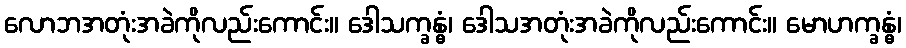
လောဘအတုံးအခဲကိုလည်းကောင်း။ ဒေါသက္ခန္ဓံ၊ ဒေါသအတုံးအခဲကိုလည်းကောင်း။ မောဟက္ခန္ဓံ၊